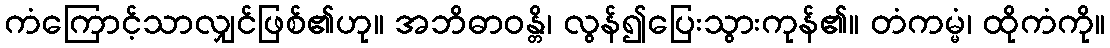
ကံကြောင့်သာလျှင်ဖြစ်၏ဟု။ အဘိဓာဝန္တိ၊ လွန်၍ပြေးသွားကုန်၏။ တံကမ္မံ၊ ထိုကံကို။